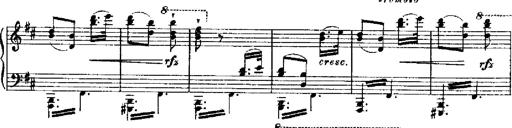
Title: RÃ©miniscences de Robert le diable
Composer: Franz Liszt